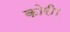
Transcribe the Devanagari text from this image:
कोरी।